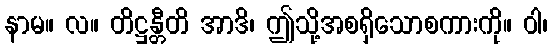
နာမ။ လ။ တိဋ္ဌန္တီတိ အာဒိ၊ ဤသို့အစရှိသောစကားကို။ ဝါ၊